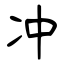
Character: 冲